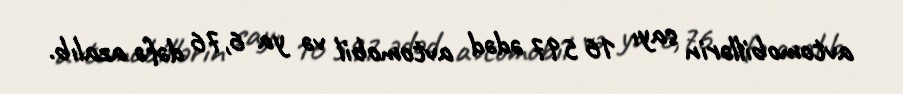
avtomobillərin sayı 16 597 ədəd avtomobil və ya 6,76 dəfə azalıb.